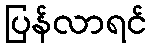
ပြန်လာရင်